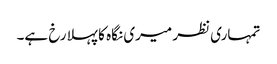
تمہاری نظر میری نگاہ کا پہلا رخ ہے۔